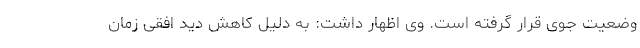
وضعیت جوی قرار گرفته است. وی اظهار داشت: به دلیل کاهش دید افقی زمان